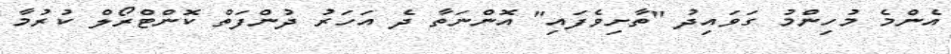
އެންމެ މުހިންމު ގަވައިދު "ތާށިވެފައި" އޮންނަތާ ދެ އަހަރު ދުންފަތް ކޮންޓްރޯލް ކުރުމާ